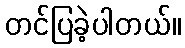
တင်ပြခဲ့ပါတယ်။